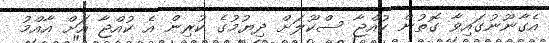
އެގާނޫނުގައިވާ ގޮތުން ކުއްޖާ ސްކޫލަށް ދިޔުމުގެ ކުރިން އެ ކުއްޖާ އަށް އާއްމު